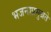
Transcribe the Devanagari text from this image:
भजनाप्रमुन्नते